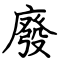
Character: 廢